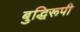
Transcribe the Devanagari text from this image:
बुद्धिरूपी